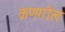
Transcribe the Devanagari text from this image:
कणगील